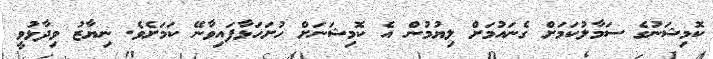
ކޮމިޝަނުގެ ސަމާލުކަމަށް ގެނައުމަށް ލިޔުމުން އެ ކޮމިޝަނަށް ހުށަހަޅާފައިވާނޭ ކަމަށެވެ. ނިޔާޒު ވިދާޅުވީ